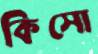
কিসো